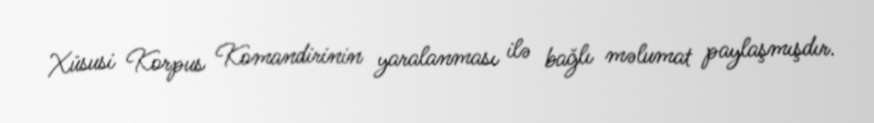
Xüsusi Korpus Komandirinin yaralanması ilə bağlı məlumat paylaşmışdır.